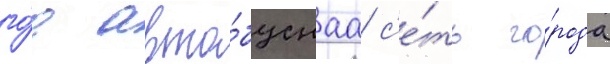
го́д авто́буснаа с'е́ть го́рода